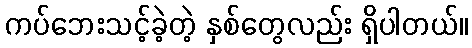
ကပ်ဘေးသင့်ခဲ့တဲ့ နှစ်တွေလည်း ရှိပါတယ်။